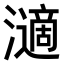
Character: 𤁷